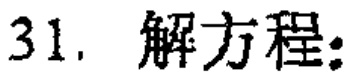
31. 解方程: